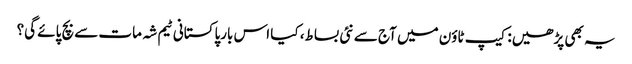
یہ بھی پڑھیں: کیپ ٹاؤن میں آج سے نئی بساط، کیا اس بارپاکستانی ٹیم شہ مات سے بچ پائے گی؟